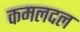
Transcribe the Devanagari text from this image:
कमलदल